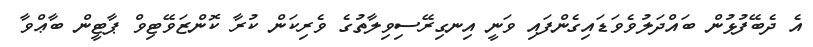
އެ ދެބޭފުޅުން ބައްދަލުވެވަޑައިގެންފައި ވަނީ އިނގިރޭސިވިލާތުގެ ވެރިކަން ކުރާ ކޮންޒަވޭޓިވް ޕާޓީން ބާޢްވާ